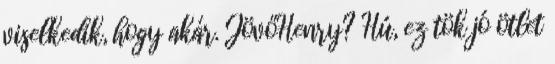
viselkedik, hogy akár. JövőHenry? Hú, ez tök jó ötlet